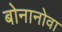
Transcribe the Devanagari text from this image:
बोनानोवा